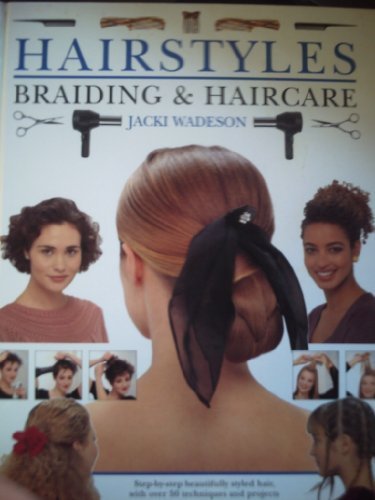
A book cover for Hairstyles,Braiding and Haircare : Step-by-Step Beautifully Styled Hair,With over 50 Techniques and Projects to Create at Home; Jacki Wadeson; Health, Fitness & Dieting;